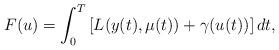
LaTeX: \begin{align*} F(u) = \int^T_0 \left[ L(y(t),\mu(t)) + \gamma(u(t)) \right] dt,\end{align*}